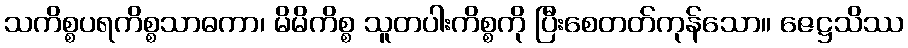
သကိစ္စပရကိစ္စသာဓကာ၊ မိမိကိစ္စ သူတပါးကိစ္စကို ပြီးစေတတ်ကုန်သော။ ဇေဋ္ဌသိဿ